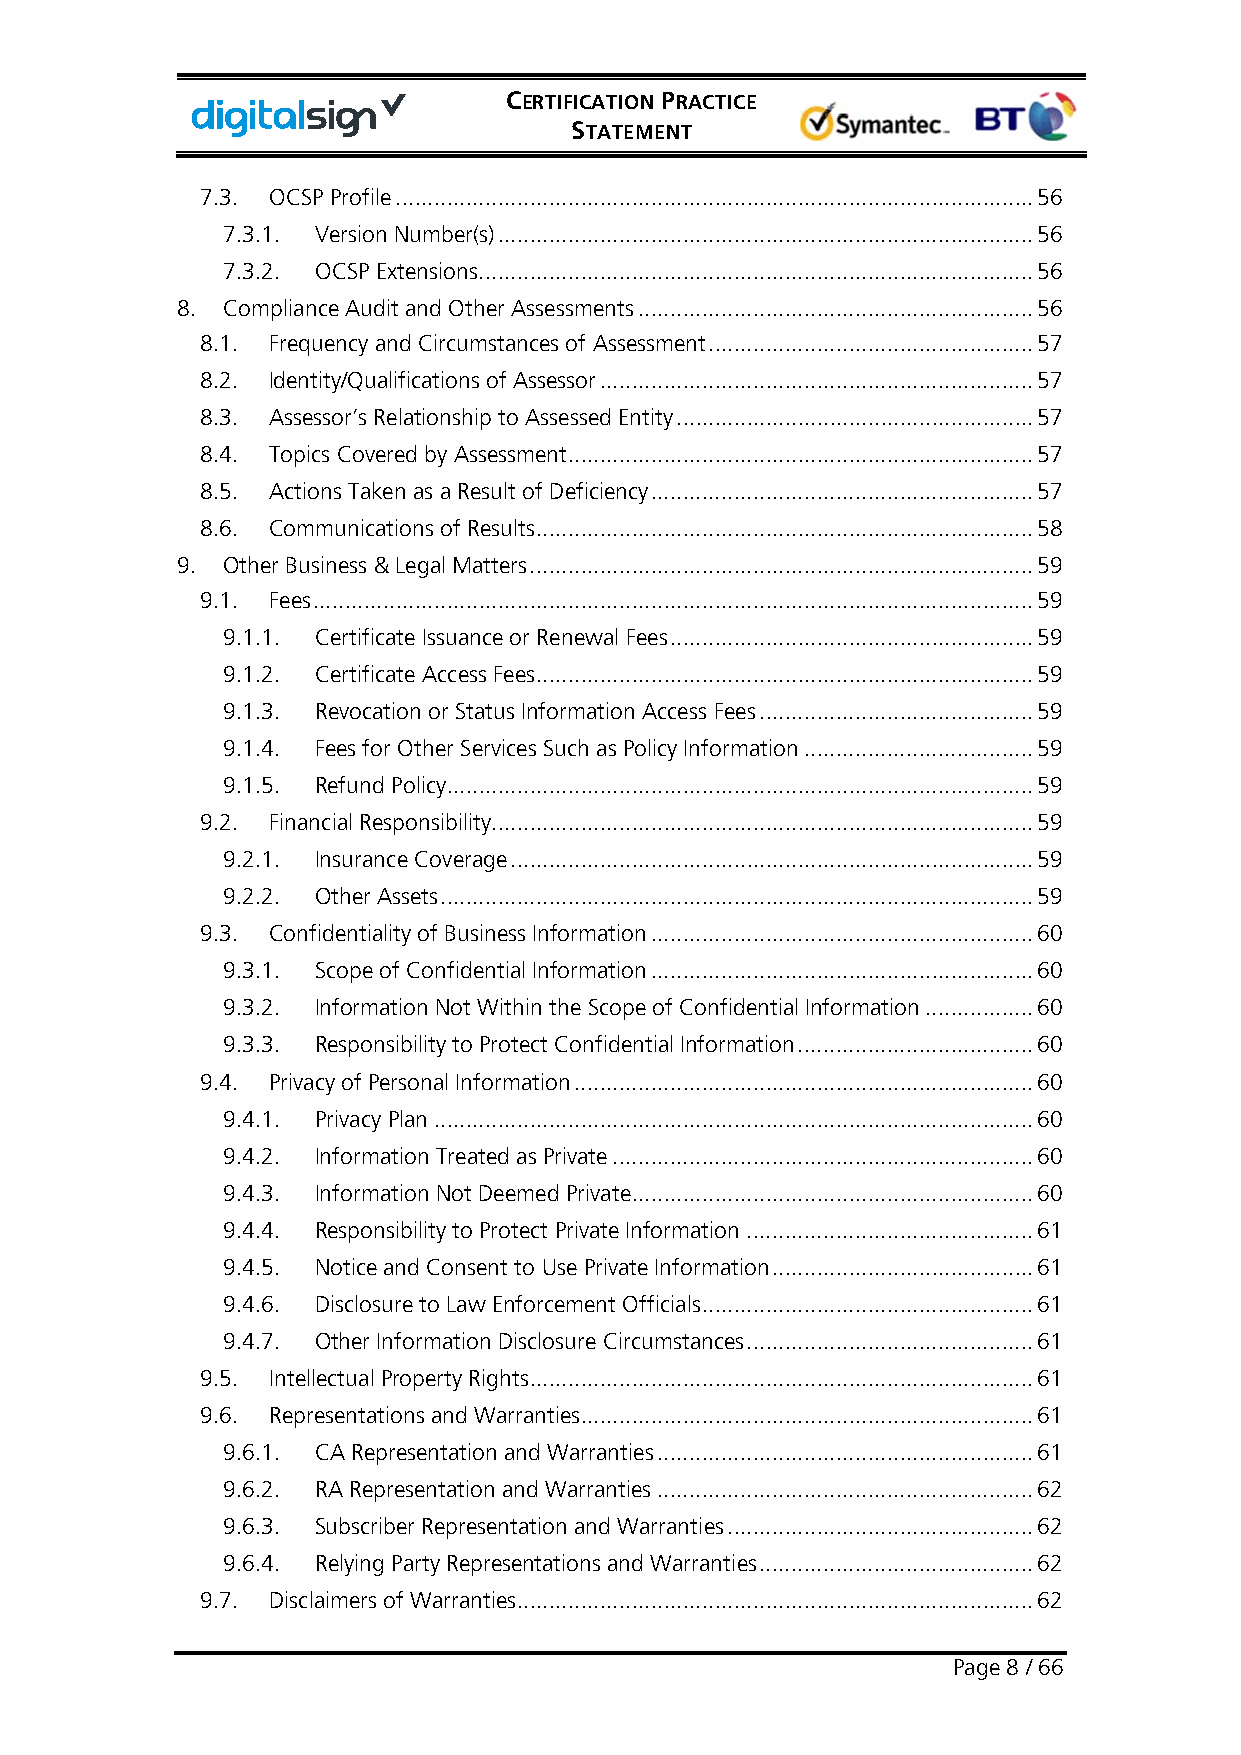
CERTIFICATION PRACTICE
 STATEMENT
 7.3. OCSP Profile .................................................................................................... 56
 7.3.1. Version Number(s) .................................................................................... 56
 7.3.2. OCSP Extensions ....................................................................................... 56
 8. Compliance Audit and Other Assessments .............................................................. 56
 8.1. Frequency and Circumstances of Assessment ................................................... 57
 8.2. Identity/Qualifications of Assessor .................................................................... 57
 8.3. Assessor’s Relationship to Assessed Entity ........................................................ 57
 8.4. Topics Covered by Assessment ......................................................................... 57
 8.5. Actions Taken as a Result of Deficiency ............................................................ 57
 8.6. Communications of Results .............................................................................. 58
 9. Other Business & Legal Matters ............................................................................... 59
 9.1. Fees ................................................................................................................. 59
 9.1.1. Certificate Issuance or Renewal Fees ......................................................... 59
 9.1.2. Certificate Access Fees .............................................................................. 59
 9.1.3. Revocation or Status Information Access Fees ........................................... 59
 9.1.4. Fees for Other Services Such as Policy Information .................................... 59
 9.1.5. Refund Policy ............................................................................................ 59
 9.2. Financial Responsibility ..................................................................................... 59
 9.2.1. Insurance Coverage .................................................................................. 59
 9.2.2. Other Assets ............................................................................................. 59
 9.3. Confidentiality of Business Information ............................................................ 60
 9.3.1. Scope of Confidential Information ............................................................ 60
 9.3.2. Information Not Within the Scope of Confidential Information ................. 60
 9.3.3. Responsibility to Protect Confidential Information ..................................... 60
 9.4. Privacy of Personal Information ........................................................................ 60
 9.4.1. Privacy Plan .............................................................................................. 60
 9.4.2. Information Treated as Private .................................................................. 60
 9.4.3. Information Not Deemed Private ............................................................... 60
 9.4.4. Responsibility to Protect Private Information ............................................. 61
 9.4.5. Notice and Consent to Use Private Information ......................................... 61
 9.4.6. Disclosure to Law Enforcement Officials .................................................... 61
 9.4.7. Other Information Disclosure Circumstances ............................................. 61
 9.5. Intellectual Property Rights ............................................................................... 61
 9.6. Representations and Warranties ....................................................................... 61
 9.6.1. CA Representation and Warranties ........................................................... 61
 9.6.2. RA Representation and Warranties ........................................................... 62
 9.6.3. Subscriber Representation and Warranties ................................................ 62
 9.6.4. Relying Party Representations and Warranties ........................................... 62
 9.7. Disclaimers of Warranties ................................................................................. 62
 Page 8 / 66